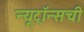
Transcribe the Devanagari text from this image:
न्यूट्रॉन्सची